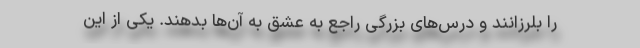
را بلرزانند و درس‌های بزرگی راجع به عشق به آن‌ها بدهند. یکی از این